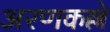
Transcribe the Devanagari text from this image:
अरणकल्ले